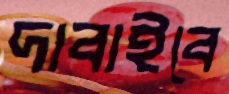
দাবাইবে